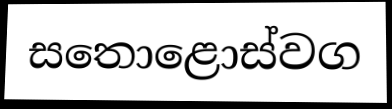
සතොළොස්වග